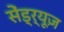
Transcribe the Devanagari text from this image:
सेंड्र्यूज़